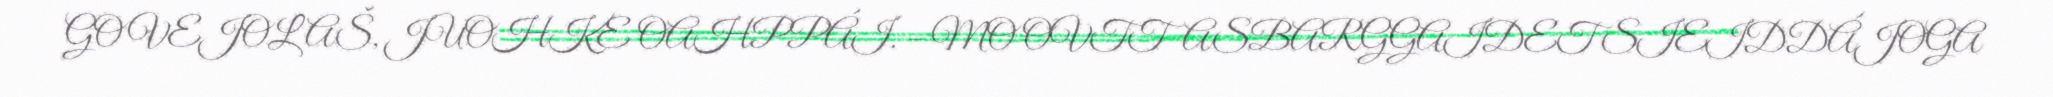
GO VEJOLAŠ, JUOHKE OAHPPÁI. – MO OVTTASBARGGAIDET SIEIDDÁJOGA